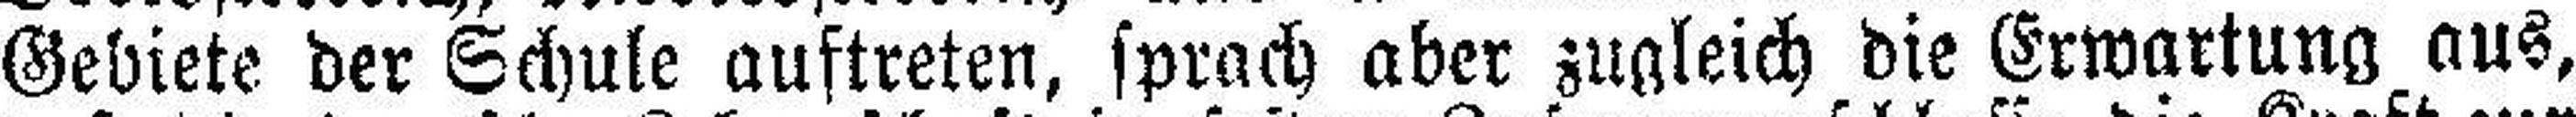
Gebiete der Schule auftreten, sprach aber zugleich die Erwartung aus,